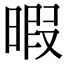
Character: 暇